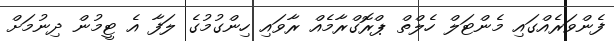
ފެންވަރެއްގައި މެންޓަލް ހެލްތް ޕްރޮގްރާމެއް ރާވައި ހިންގުމުގެ ލަފާ އެ ޓީމުން ދިނުމަށް